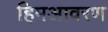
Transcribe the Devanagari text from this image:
हिमआवरण